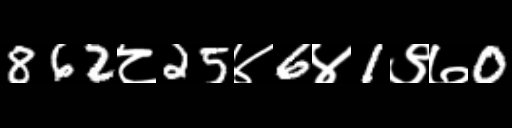
Text: 862८25४6४1९७0